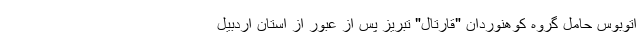
اتوبوس حامل گروه کوهنوردان "قارتال" تبریز پس از عبور از استان اردبیل